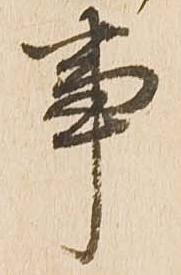
事